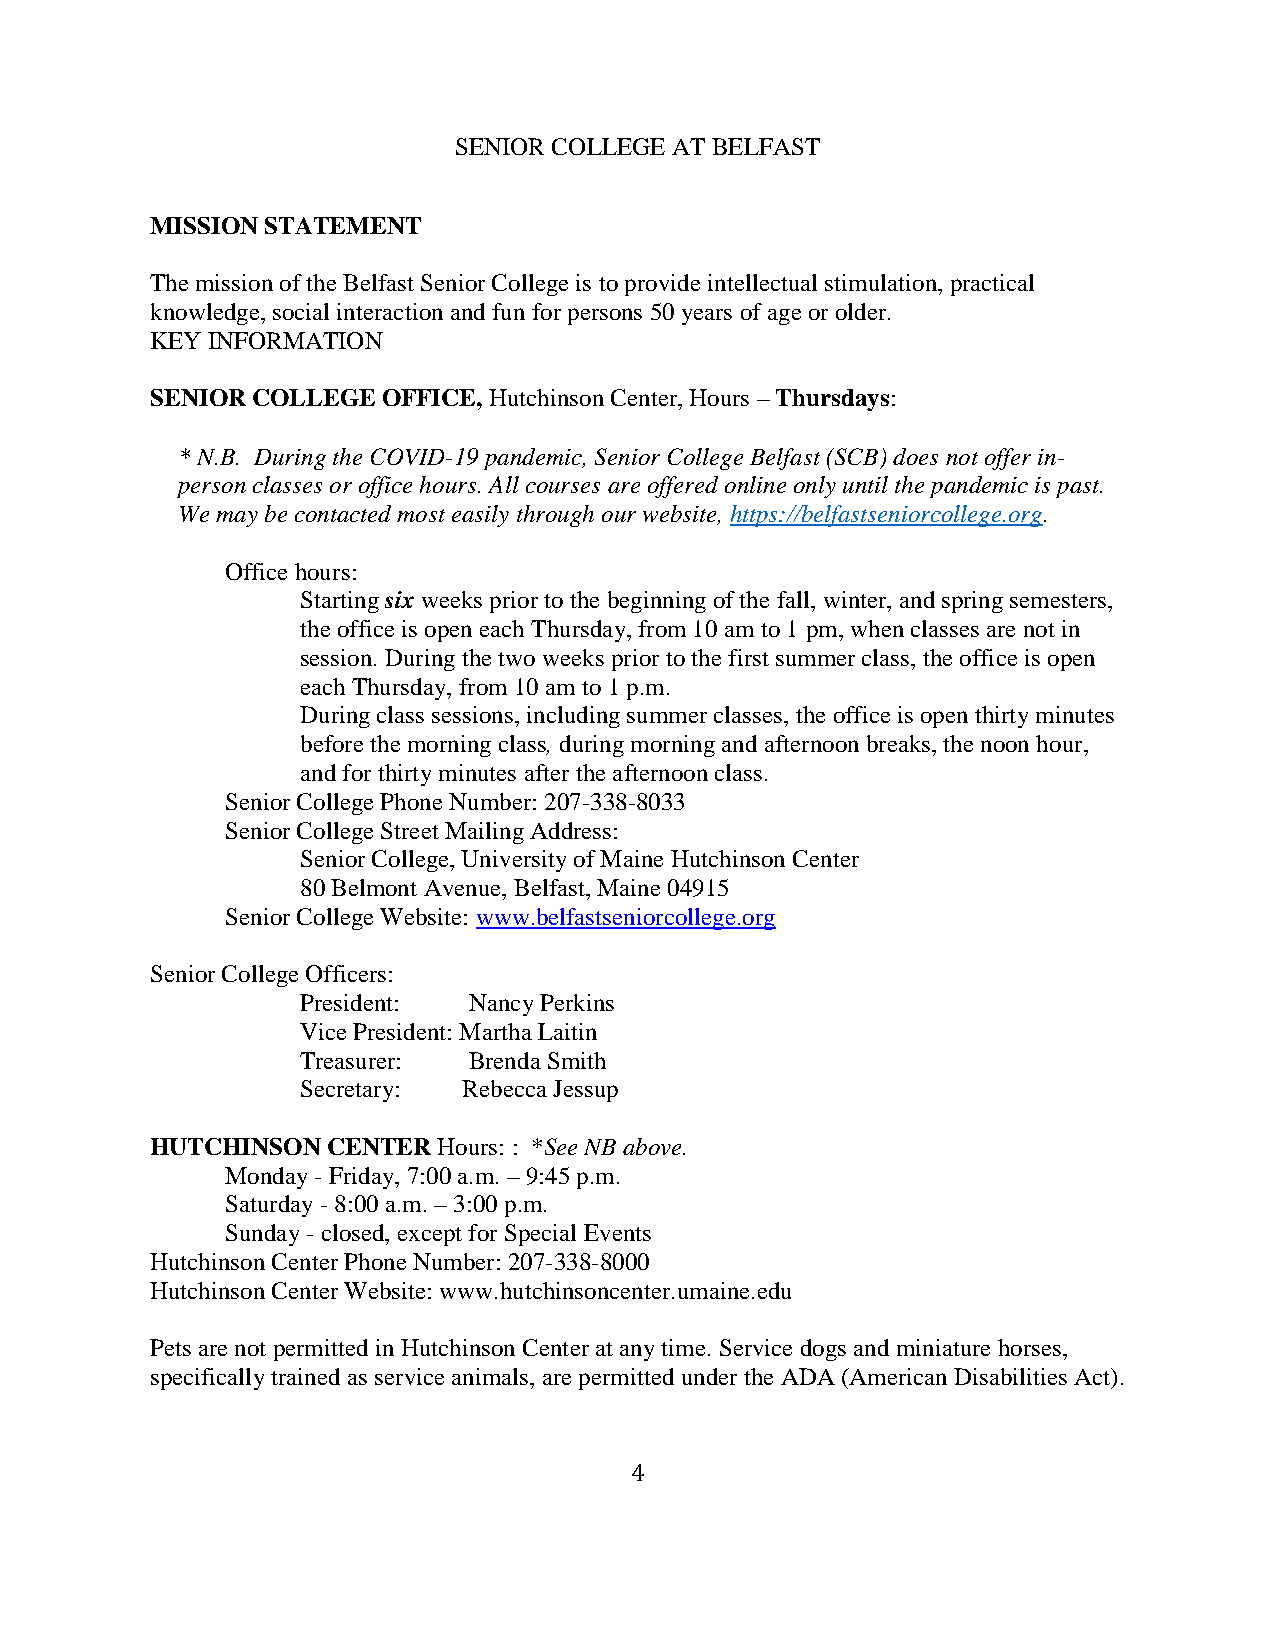
SENIOR COLLEGE AT BELFAST
 MISSION STATEMENT
 The mission of the Belfast Senior College is to provide intellectual stimulation, practical
 knowledge, social interaction and fun for persons 50 years of age or older.
 KEY INFORMATION
 SENIOR COLLEGE OFFICE, Hutchinson Center, Hours – Thursdays:
 * N.B. During the COVID-19 pandemic, Senior College Belfast (SCB) does not offer in-
 person classes or office hours. All courses are offered online only until the pandemic is past.
 We may be contacted most easily through our website, https://belfastseniorcollege.org.
 Office hours:
 Starting six weeks prior to the beginning of the fall, winter, and spring semesters,
 the office is open each Thursday, from 10 am to 1 pm, when classes are not in
 session. During the two weeks prior to the first summer class, the office is open
 each Thursday, from 10 am to 1 p.m.
 During class sessions, including summer classes, the office is open thirty minutes
 before the morning class, during morning and afternoon breaks, the noon hour,
 and for thirty minutes after the afternoon class.
 Senior College Phone Number: 207-338-8033
 Senior College Street Mailing Address:
 Senior College, University of Maine Hutchinson Center
 80 Belmont Avenue, Belfast, Maine 04915
 Senior College Website: www.belfastseniorcollege.org
 Senior College Officers:
 President: Nancy Perkins
 Vice President: Martha Laitin
 Treasurer: Brenda Smith
 Secretary: Rebecca Jessup
 HUTCHINSON  CENTER Hours: : *See NB above.
 Monday - Friday, 7:00 a.m. – 9:45 p.m.
 Saturday - 8:00 a.m. – 3:00 p.m.
 Sunday - closed, except for Special Events
 Hutchinson Center Phone Number: 207-338-8000
 Hutchinson Center Website: www.hutchinsoncenter.umaine.edu
 Pets are not permitted in Hutchinson Center at any time. Service dogs and miniature horses,
 specifically trained as service animals, are permitted under the ADA (American Disabilities Act).
 4